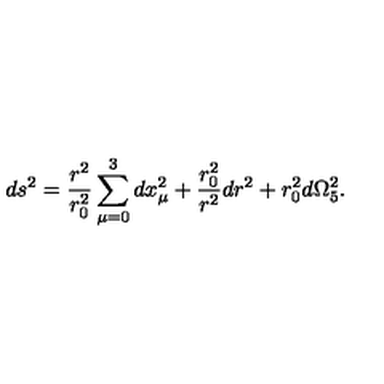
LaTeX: d s ^ { 2 } = \frac { r ^ { 2 } } { r _ { 0 } ^ { 2 } } \sum _ { \mu = 0 } ^ { 3 } d x _ { \mu } ^ { 2 } + \frac { r _ { 0 } ^ { 2 } } { r ^ { 2 } } d r ^ { 2 } + r _ { 0 } ^ { 2 } d \Omega _ { 5 } ^ { 2 } .